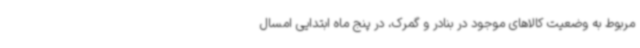
مربوط به وضعیت کالاهای موجود در بنادر و گمرک، در پنج ماه ابتدایی امسال